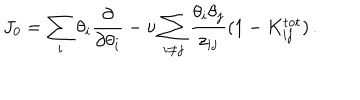
J _ { 0 } = \sum _ { i } \theta _ { i } { \frac { \partial } { \partial \theta _ { i } } } - \nu \sum _ { i \ne j } { \frac { \theta _ { i } \theta _ { j } } { z _ { i j } } } ( 1 - K _ { i j } ^ { \mathrm { t o t } } ) \, .